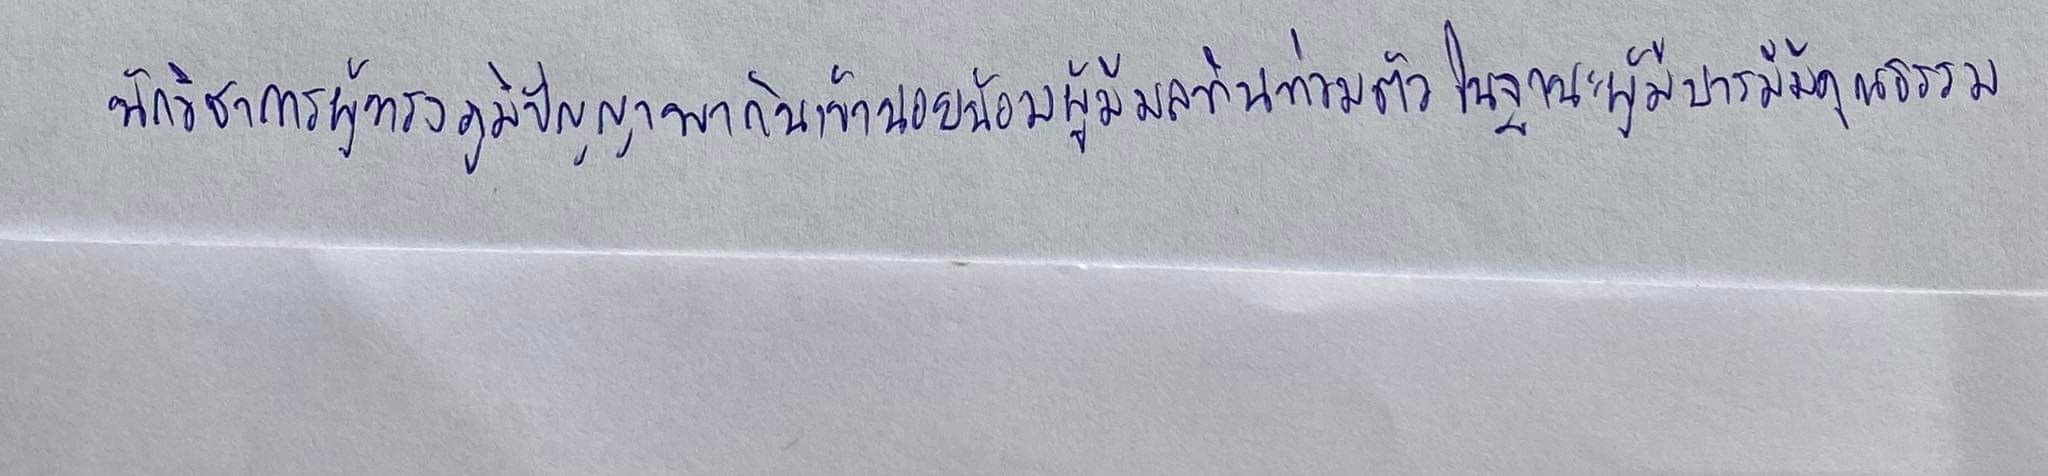
นักวิชาการผู้ทรงภูมิปัญญาพากันเข้านอบน้อมผู้มีมลทินท่วมตัวในฐานะผู้มีบารมีมีคุณธรรม